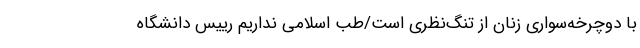
با دوچرخه‌سواری زنان از تنگ‌نظری است/طب اسلامی نداریم رییس دانشگاه